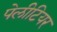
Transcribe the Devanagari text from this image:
पेलीटियर